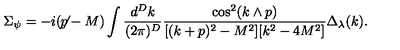
\Sigma _ { \psi } = - i ( \not \! \! p - M ) \int \frac { d ^ { D } k } { ( 2 \pi ) ^ { D } } \frac { \cos ^ { 2 } ( k \wedge p ) } { [ ( k + p ) ^ { 2 } - M ^ { 2 } ] [ k ^ { 2 } - 4 M ^ { 2 } ] } \Delta _ { \lambda } ( k ) .